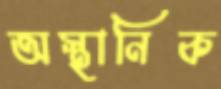
অস্থানিক